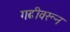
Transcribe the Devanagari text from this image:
गढीवरून